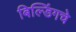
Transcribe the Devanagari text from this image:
बिल्डिंगचे